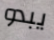
يبدو